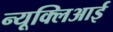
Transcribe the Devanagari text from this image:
न्यूक्लिआई